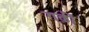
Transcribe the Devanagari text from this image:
गढ़ीं